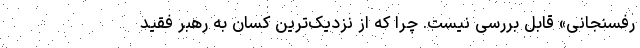
رفسنجانی» قابل بررسی نیست. چرا که از نزدیک‌ترین کسان به رهبر فقید